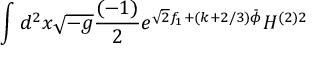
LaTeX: \int d ^ { 2 } x \sqrt { - g } \frac { ( - 1 ) } { 2 } e ^ { \sqrt { 2 } f _ { 1 } + ( k + 2 / 3 ) \bar { \phi } } H ^ { ( 2 ) 2 }